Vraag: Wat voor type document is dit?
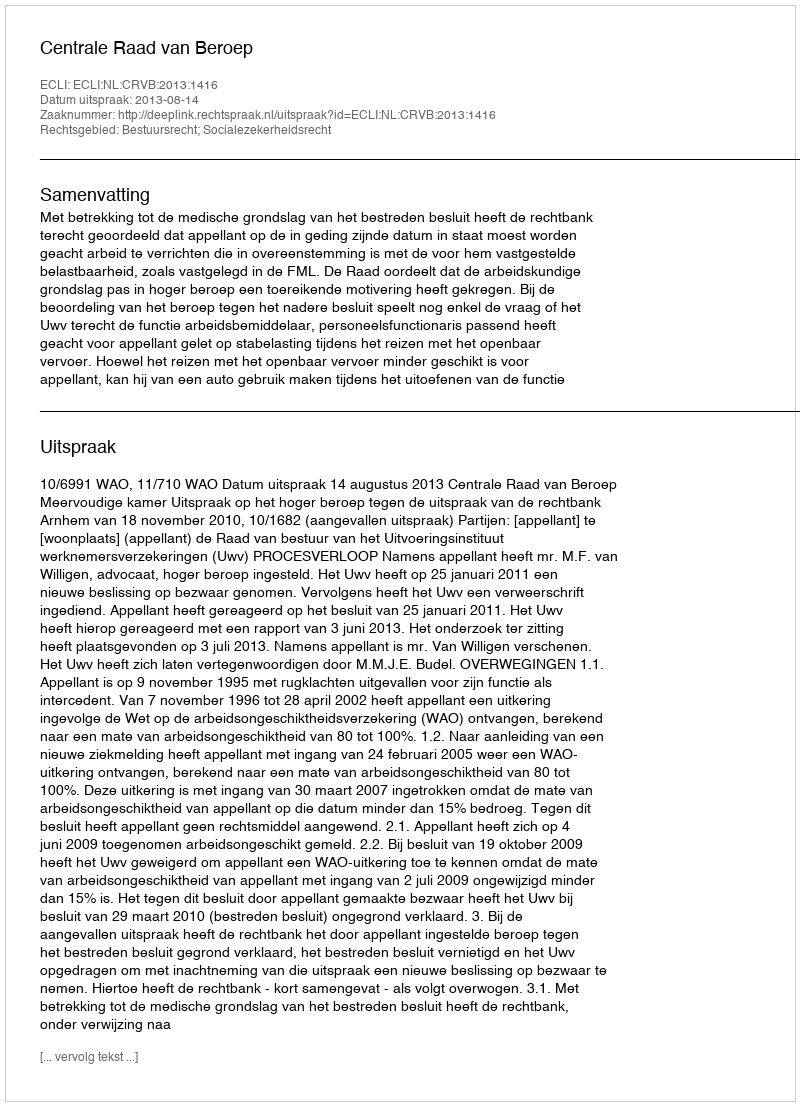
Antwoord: Uitspraak